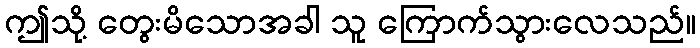
ဤသို့ တွေးမိသောအခါ သူ ကြောက်သွားလေသည်။